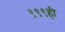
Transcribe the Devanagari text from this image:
९९९ही